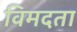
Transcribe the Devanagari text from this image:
विमदता